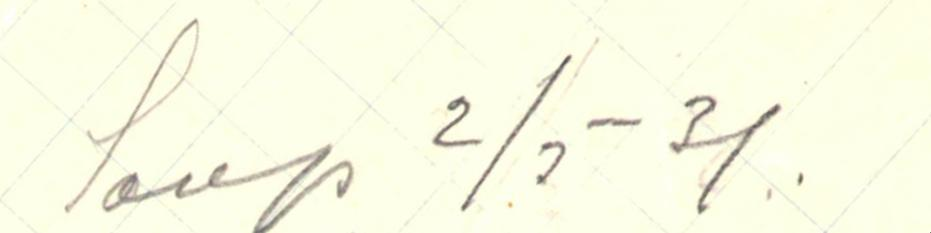
Saap 2/5 -31.